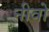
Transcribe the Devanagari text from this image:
नीवो